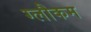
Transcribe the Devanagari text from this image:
ग्लौकम